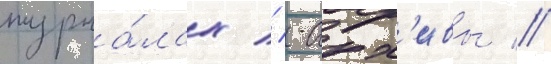
журна́лах // -арх'ивы //